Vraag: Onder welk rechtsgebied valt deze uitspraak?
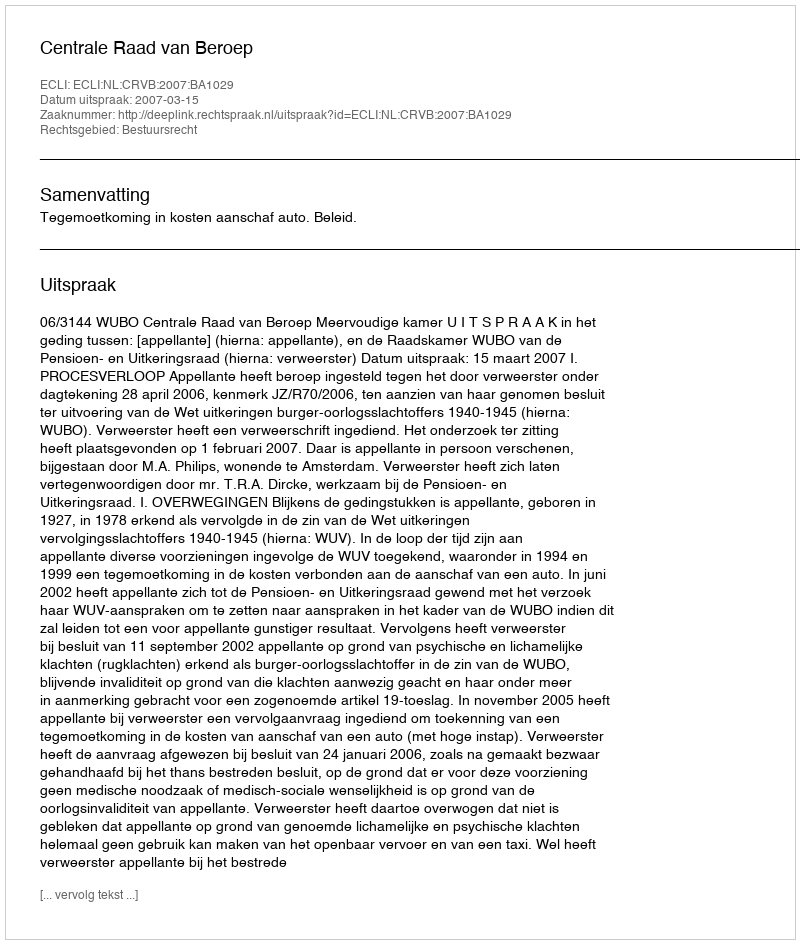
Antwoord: Bestuursrecht